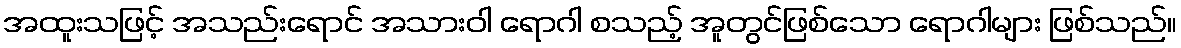
အထူးသဖြင့် အသည်းရောင် အသားဝါ ရောဂါ စသည့် အူတွင်ဖြစ်သော ရောဂါများ ဖြစ်သည်။